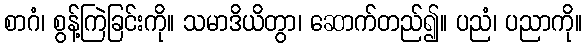
စာဂံ၊ စွန့်ကြဲခြင်းကို။ သမာဒိယိတွာ၊ ဆောက်တည်၍။ ပညံ၊ ပညာကို။